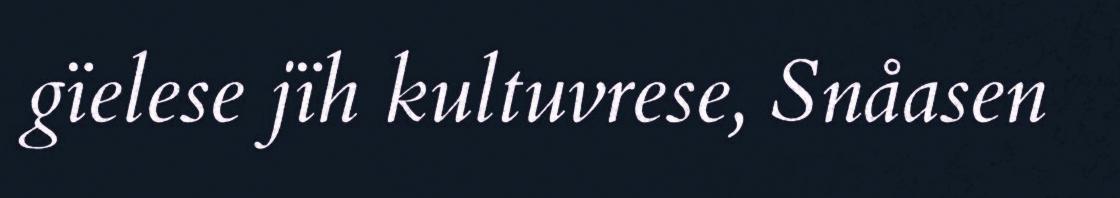
gïelese jïh kultuvrese, Snåasen